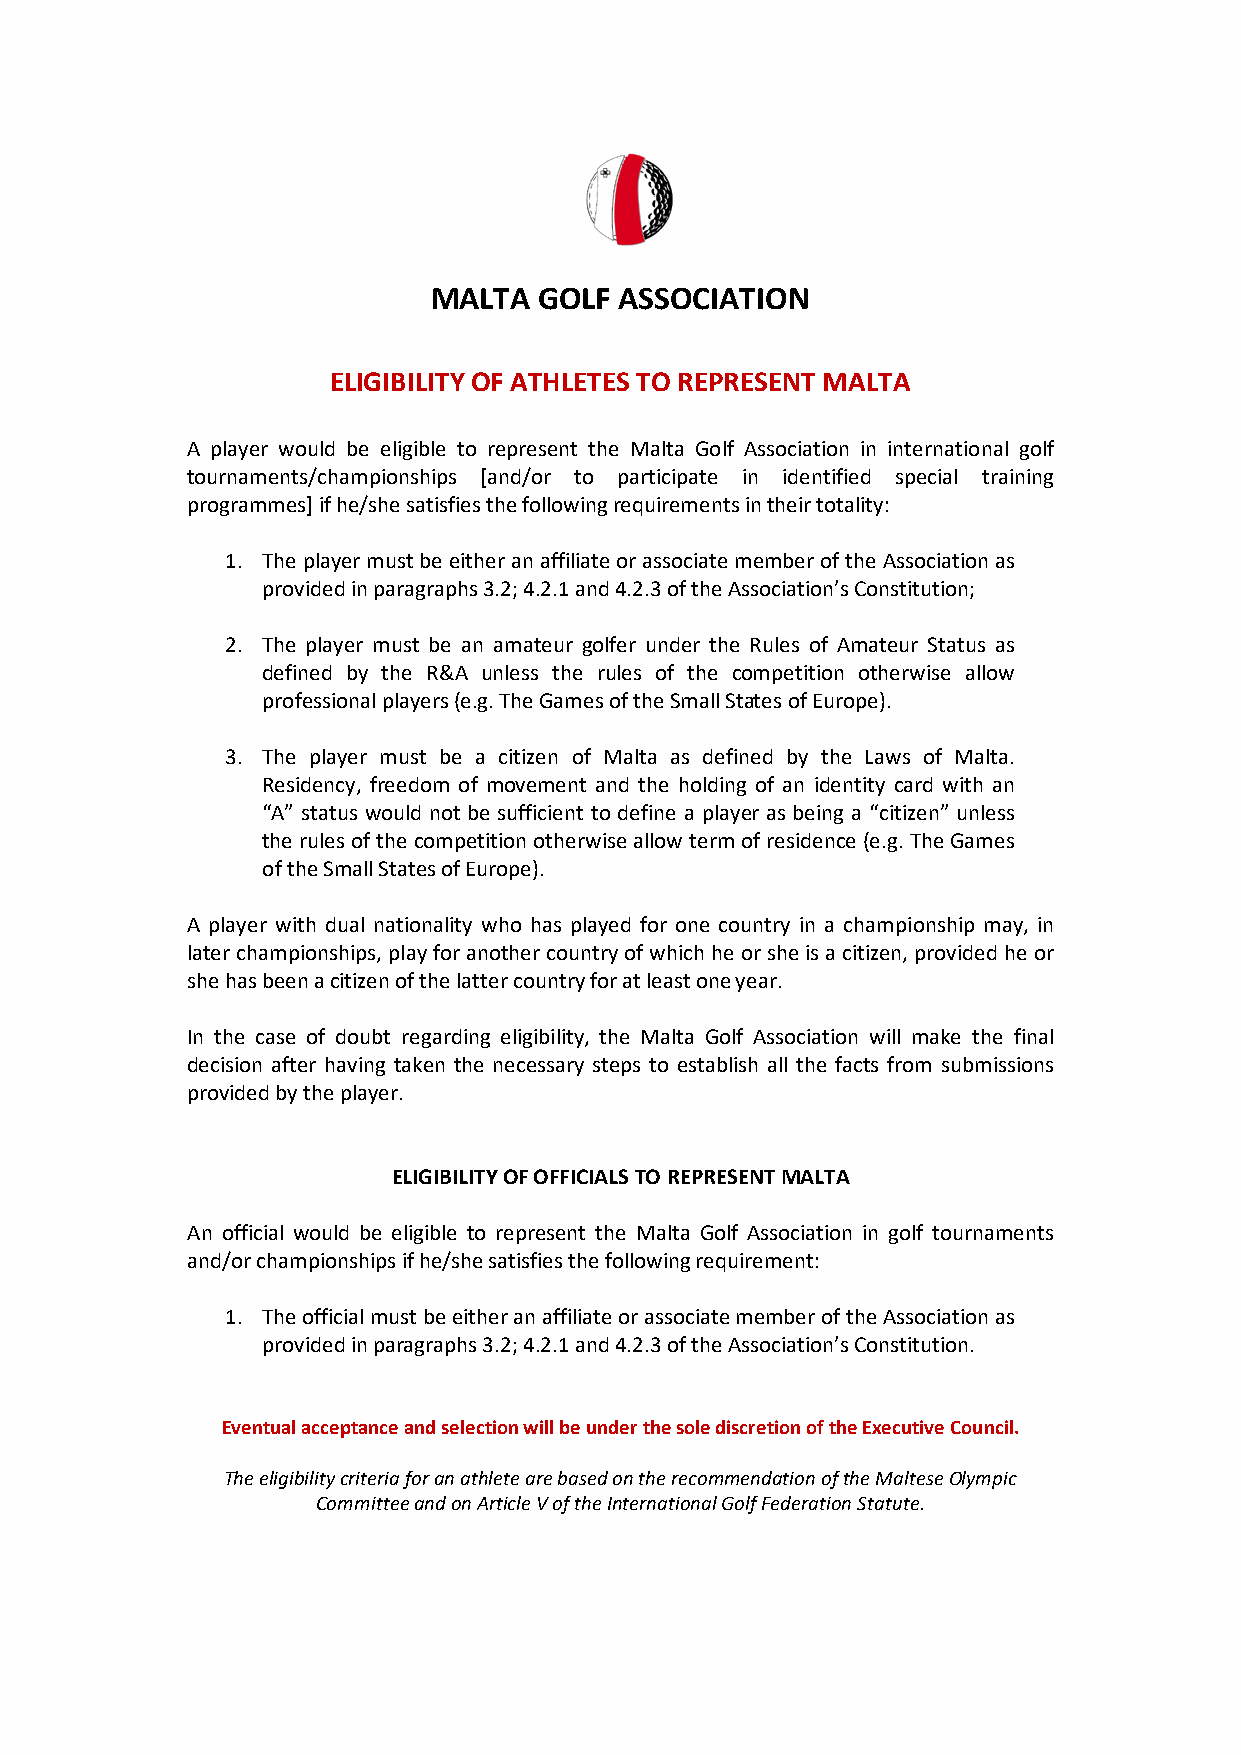
MALTA  GOLF ASSOCIATION
 ELIGIBILITY OF ATHLETES TO REPRESENT MALTA
 A player would be eligible to represent the Malta Golf Association in international golf
 tournaments/championships [and/or to participate in identified special training
 programmes] if he/she satisfies the following requirements in their totality:
 1. The player must be either an affiliate or associate member of the Association as
 provided in paragraphs 3.2; 4.2.1 and 4.2.3 of the Association’s Constitution;
 2. The player must be an amateur golfer under the Rules of Amateur Status as
 defined by the R&A unless the rules of the competition otherwise allow
 professional players (e.g. The Games of the Small States of Europe).
 3. The player must be a citizen of Malta as defined by the Laws of Malta.
 Residency, freedom of movement and the holding of an identity card with an
 “A” status would not be sufficient to define a player as being a “citizen” unless
 the rules of the competition otherwise allow term of residence (e.g. The Games
 of the Small States of Europe).
 A player with dual nationality who has played for one country in a championship may, in
 later championships, play for another country of which he or she is a citizen, provided he or
 she has been a citizen of the latter country for at least one year.
 In the case of doubt regarding eligibility, the Malta Golf Association will make the final
 decision after having taken the necessary steps to establish all the facts from submissions
 provided by the player.
 ELIGIBILITY OF OFFICIALS TO REPRESENT MALTA
 An official would be eligible to represent the Malta Golf Association in golf tournaments
 and/or championships if he/she satisfies the following requirement:
 1. The official must be either an affiliate or associate member of the Association as
 provided in paragraphs 3.2; 4.2.1 and 4.2.3 of the Association’s Constitution.
 Eventual acceptance and selection will be under the sole discretion of the Executive Council.
 The eligibility criteria for an athlete are based on the recommendation of the Maltese Olympic
 Committee and on Article V of the International Golf Federation Statute.